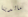
مالدينا